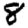
Digit: 8